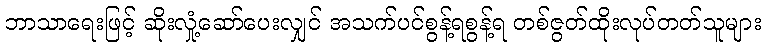
ဘာသာရေးဖြင့် ဆိုးလှုံ့ဆော်ပေးလျှင် အသက်ပင်စွန့်ရစွန့်ရ တစ်ဇွတ်ထိုးလုပ်တတ်သူများ